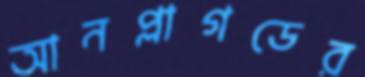
আনপ্লাগডের